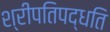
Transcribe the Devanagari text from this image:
श्रीपतिपद्धति